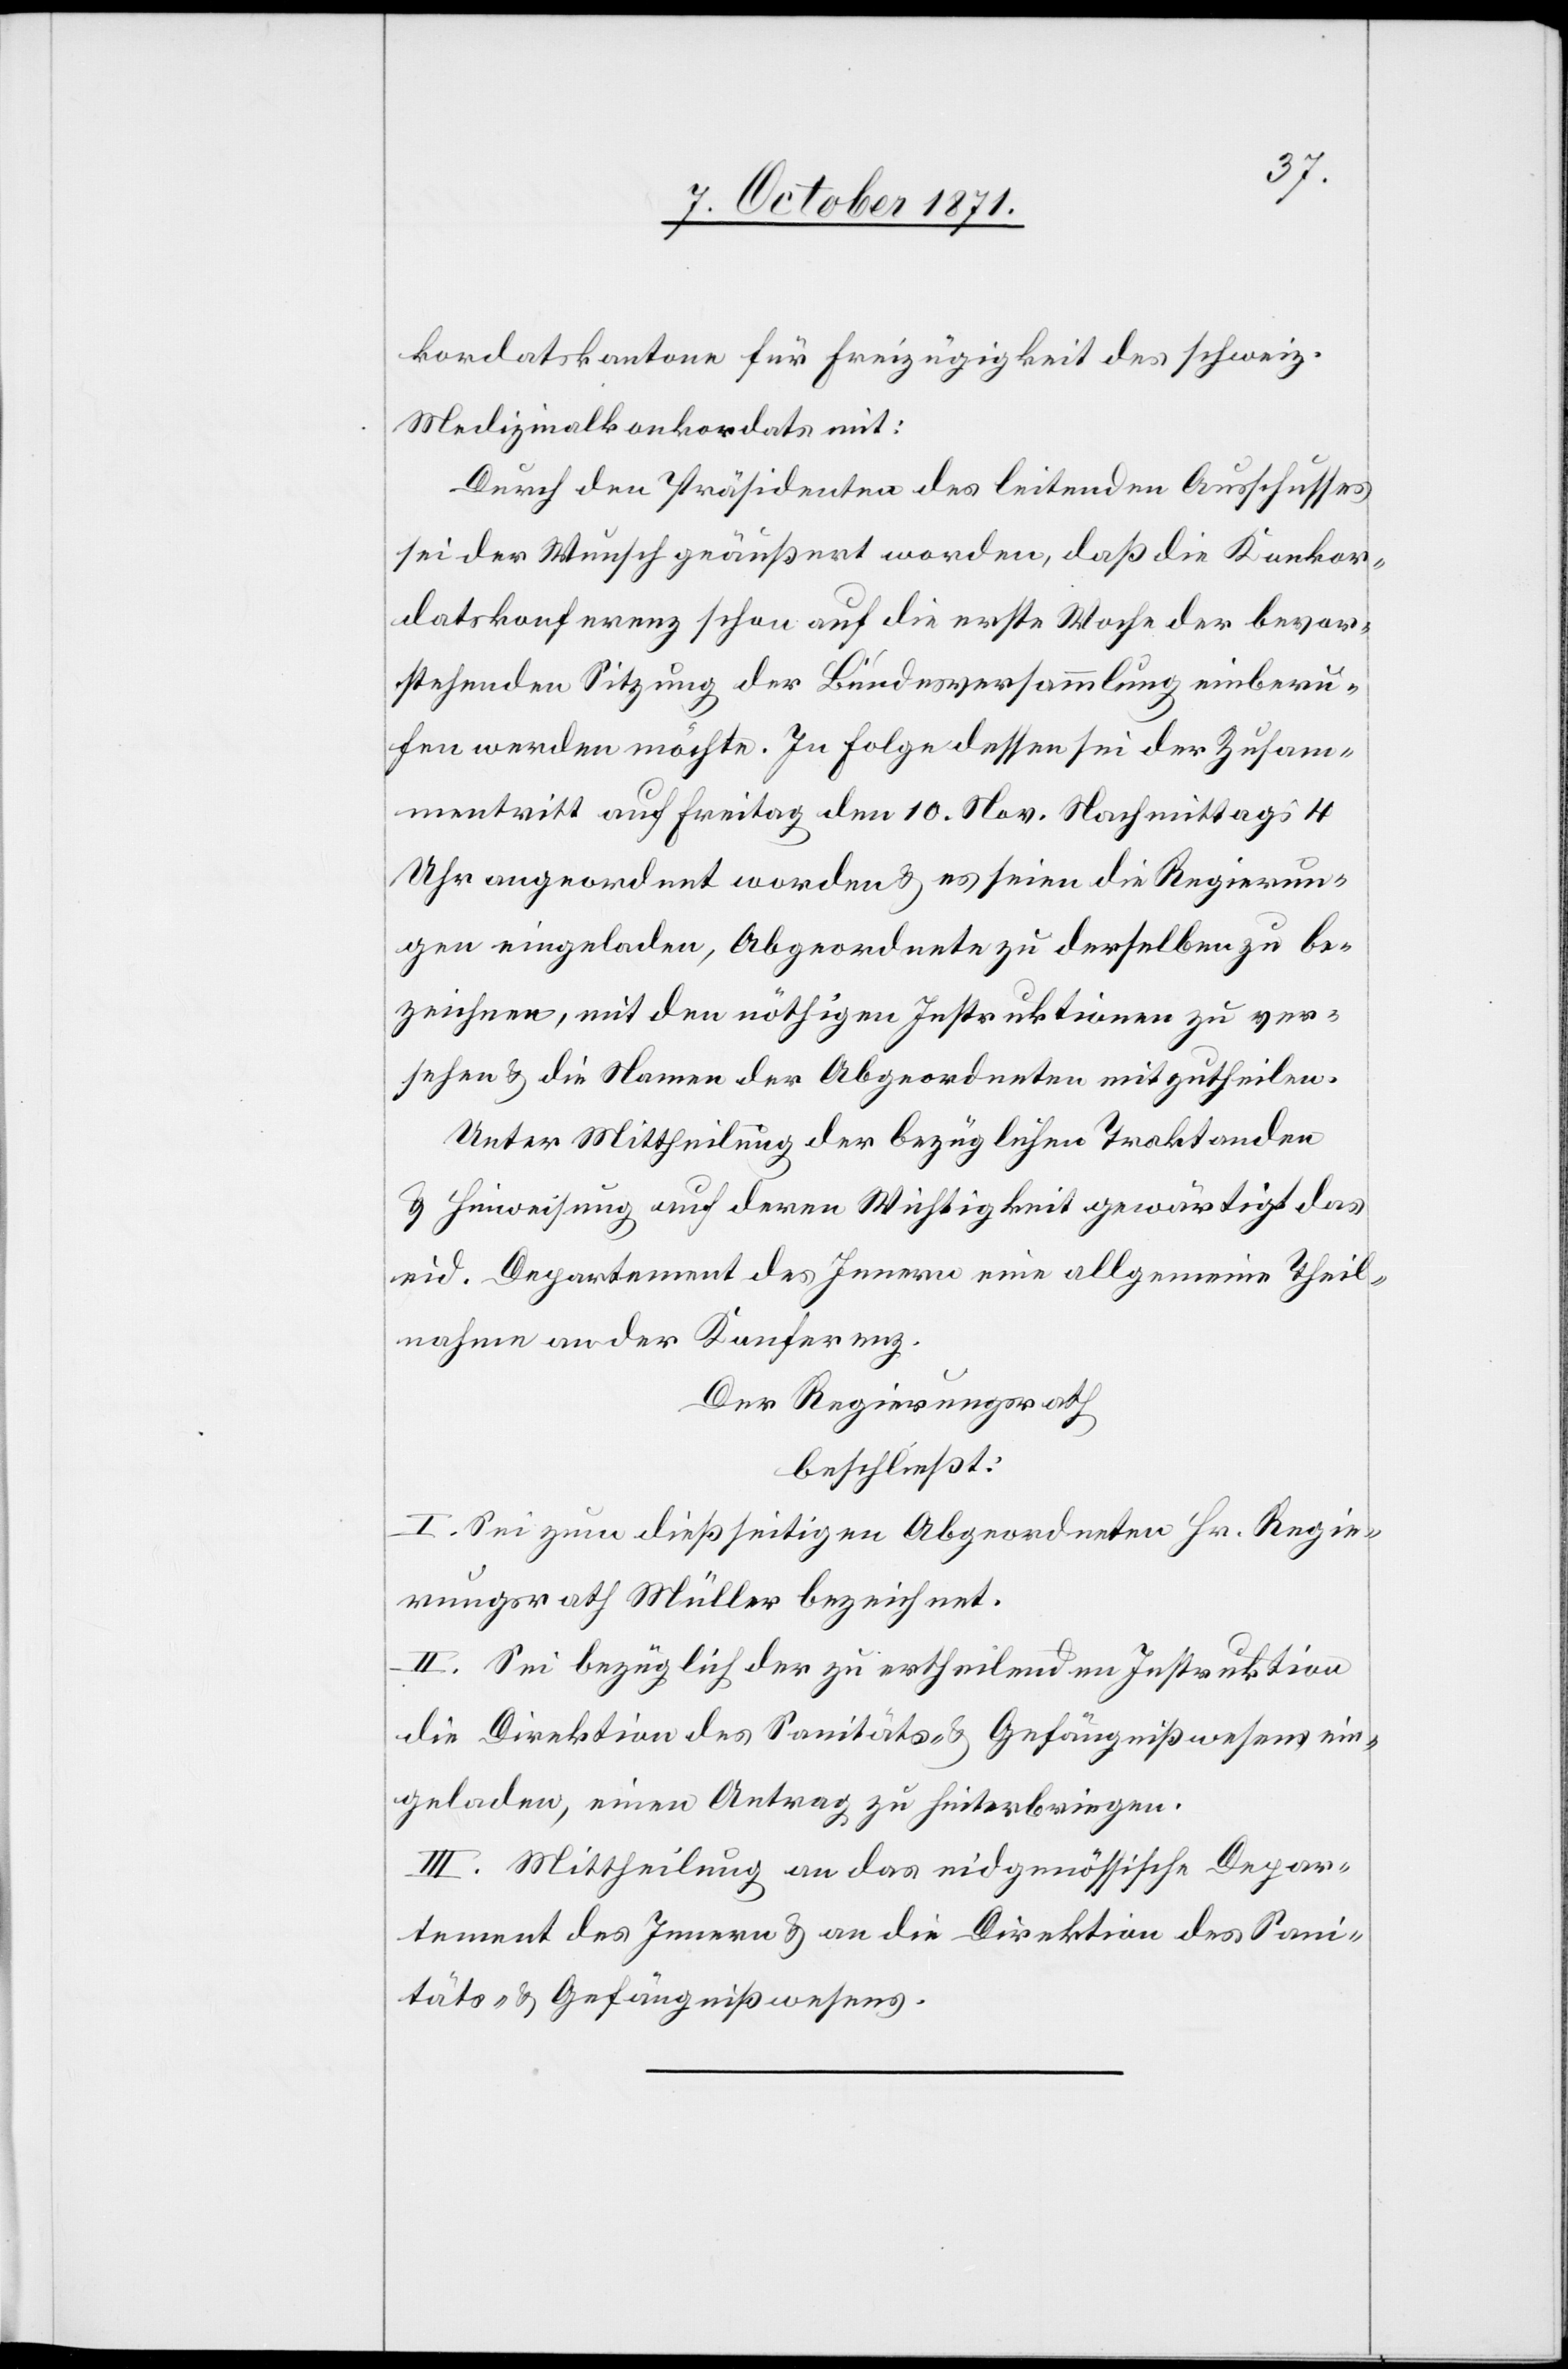
kordatskantone für Freizügigkeit des schweiz.
Medizinalkonkordats mit:
Durch den Präsidenten des leitenden Ausschusses
sei der Wunsch geäußert worden, daß die Konkor¬
datskonferenz schon auf die erste Woche der bevor¬
stehenden Sitzung der Bundesversammlung einberu¬
fen werden möchte. In Folge dessen sei der Zusam¬
mentritt auf Freitag den 10. Nov. Nachmittags 4
Uhr angeordnet worden & es seien die Regierun¬
gen eingeladen, Abgeordnete zu derselben zu be¬
zeichnen, mit den nöthigen Instruktionen zu ver¬
sehen & die Namen der Abgeordneten mitzutheilen.
Unter Mittheilung der bezüglichen Traktanden
& Hinweisung auf deren Wichtigkeit gewärtigt das
eid. Departement des Innern eine allgemeine Theil¬
nahme an der Konferenz.
Der Regierungsrath
beschließt:
I. Sei zum dießseitigen Abgeordneten Hr. Regie¬
rungsrath Müller bezeichnet.
II. Sei bezüglich der zu ertheilenden Instruktion
die Direktion des Sanitäts- & Gefängnißwesens ein¬
geladen, einen Antrag zu hinterbringen.
III. Mittheilung an das eidgenössische Depar¬
tement des Innern & an die Direktion des Sani¬
täts- & Gefängnißwesens.